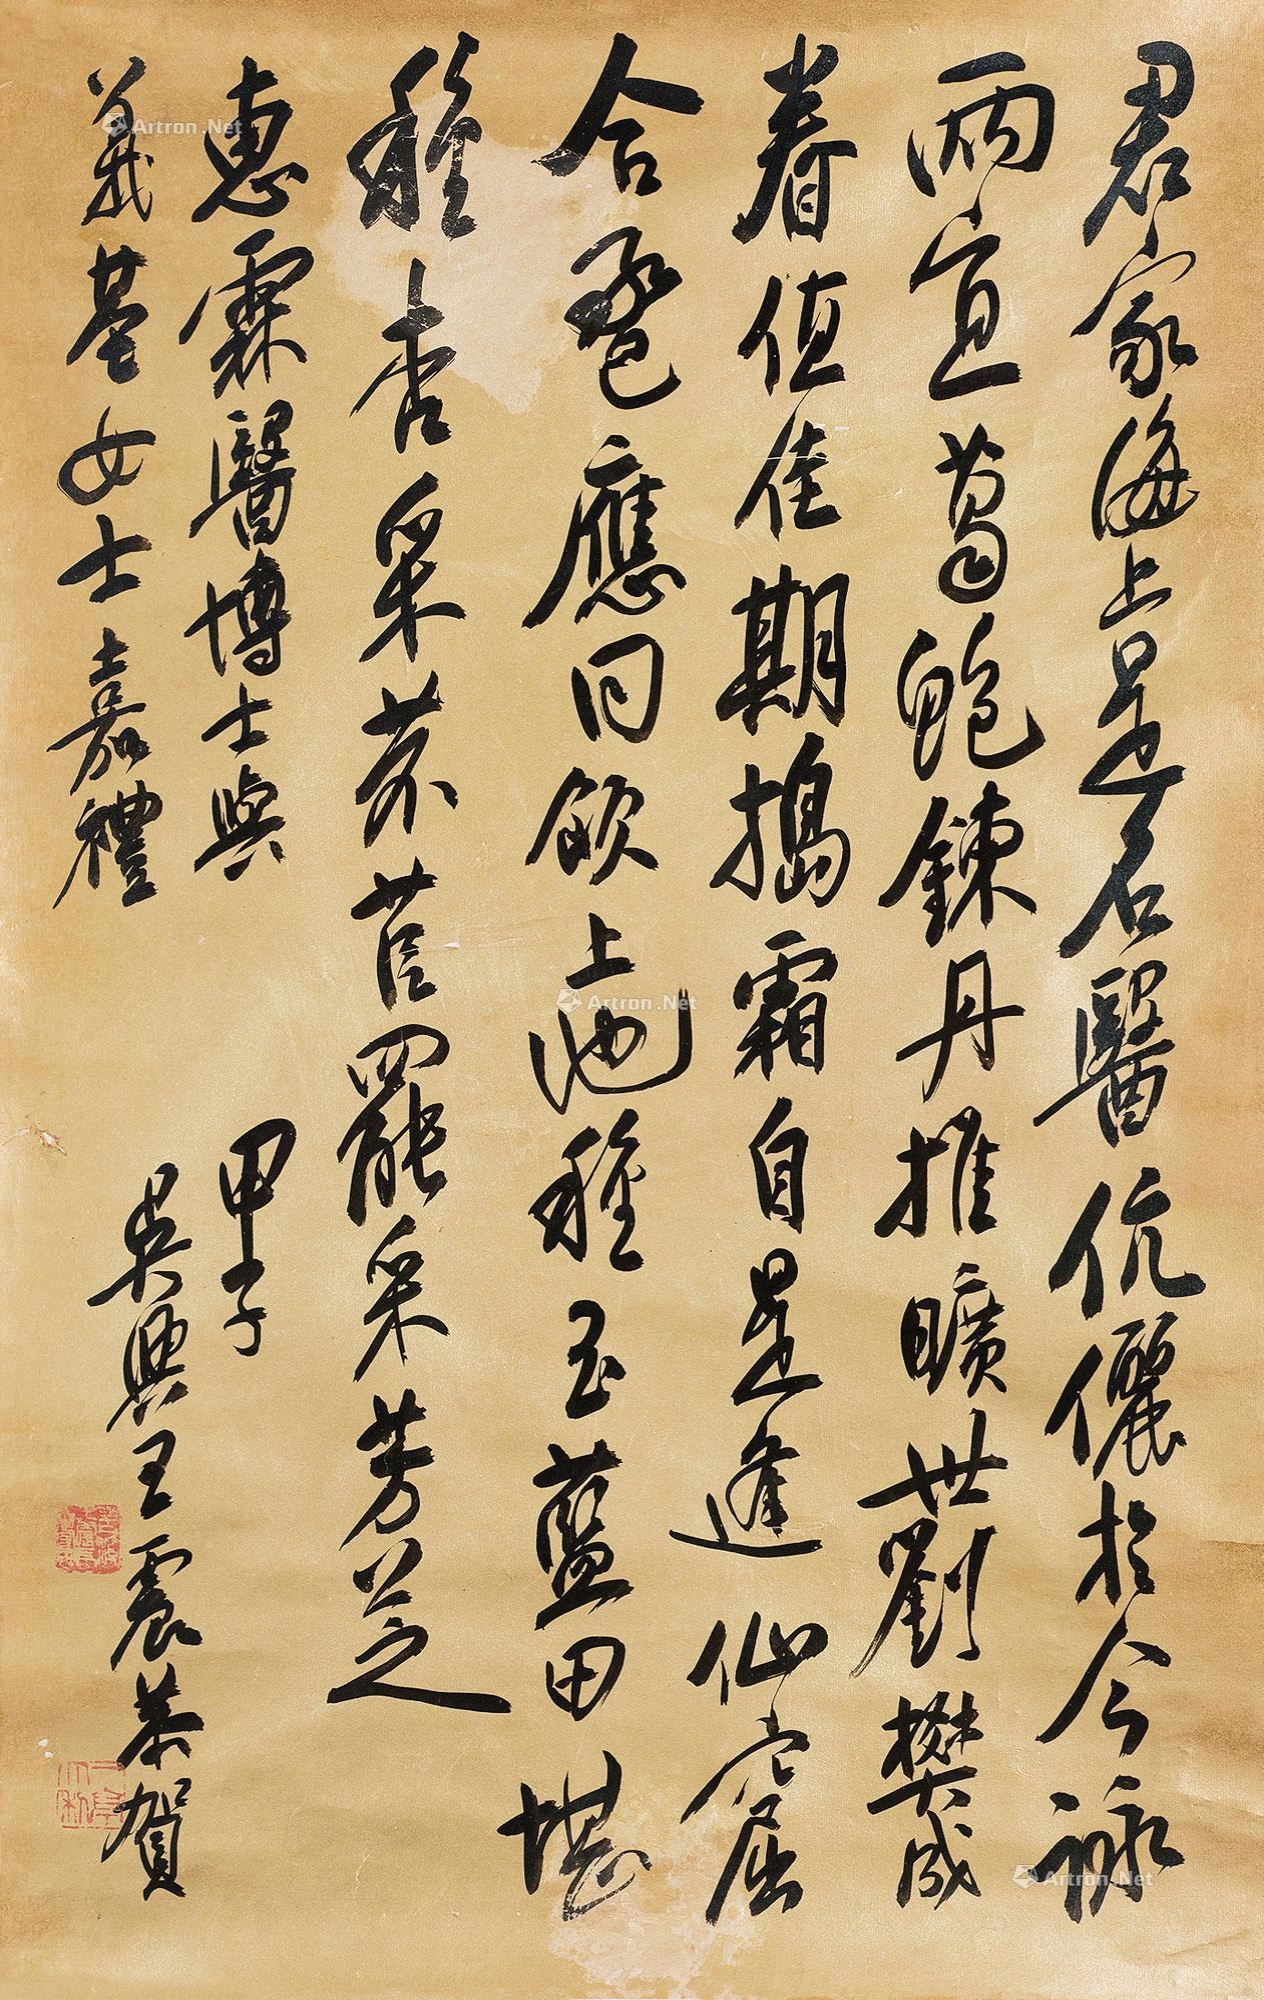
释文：君家海上是名医，伉俪于今咏两宜。葛鲍炼丹推旷世，刘樊成眷值佳期。捣霜自是逢仙窟，合卺应同饮上池。种玉蓝田堪种杏，采芣苢罢采芳芝。惠霖医博士与义基女士嘉礼。甲子，吴兴王震恭贺。